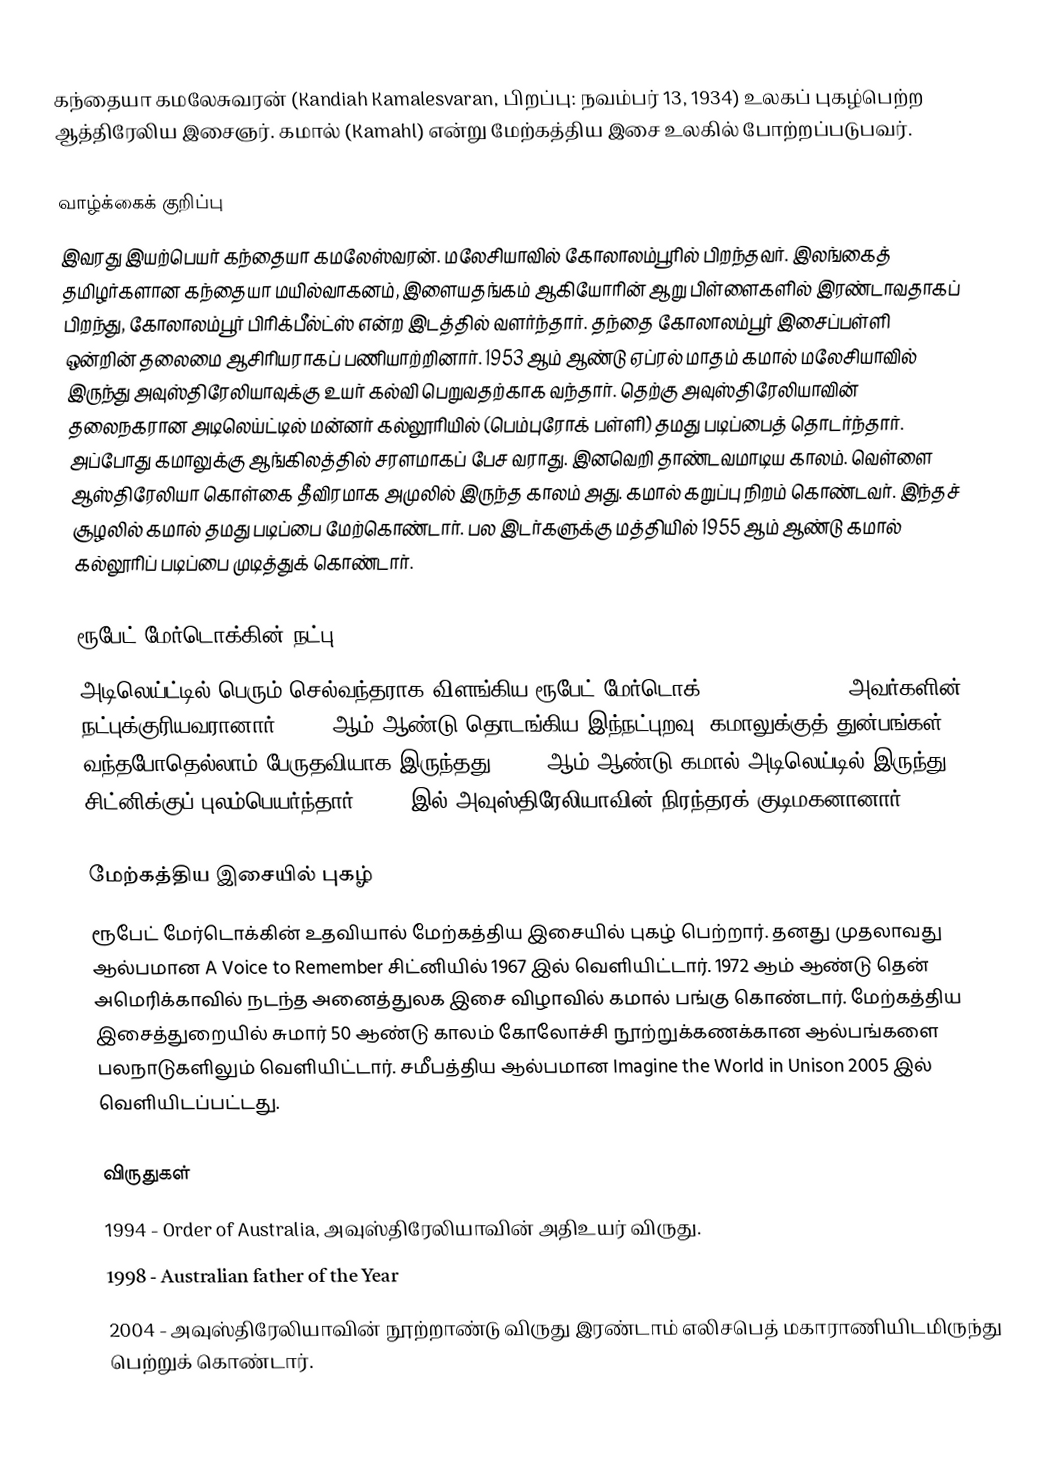
கந்தையா கமலேசுவரன் (Kandiah Kamalesvaran, பிறப்பு: நவம்பர் 13, 1934) உலகப் புகழ்பெற்ற ஆத்திரேலிய இசைஞர். கமால் (Kamahl) என்று மேற்கத்திய இசை உலகில் போற்றப்படுபவர்.

வாழ்க்கைக் குறிப்பு
இவரது இயற்பெயர் கந்தையா கமலேஸ்வரன். மலேசியாவில் கோலாலம்பூரில் பிறந்தவர். இலங்கைத் தமிழர்களான கந்தையா மயில்வாகனம், இளையதங்கம் ஆகியோரின் ஆறு பிள்ளைகளில் இரண்டாவதாகப் பிறந்து, கோலாலம்பூர் பிரிக்பீல்ட்ஸ் என்ற இடத்தில் வளர்ந்தார். தந்தை கோலாலம்பூர் இசைப்பள்ளி ஒன்றின் தலைமை ஆசிரியராகப் பணியாற்றினார். 1953 ஆம் ஆண்டு ஏப்ரல் மாதம் கமால் மலேசியாவில் இருந்து அவுஸ்திரேலியாவுக்கு உயர் கல்வி பெறுவதற்காக வந்தார். தெற்கு அவுஸ்திரேலியாவின் தலைநகரான அடிலெய்ட்டில் மன்னர் கல்லூரியில் (பெம்புரோக் பள்ளி) தமது படிப்பைத் தொடர்ந்தார். அப்போது கமாலுக்கு ஆங்கிலத்தில் சரளமாகப் பேச வராது. இனவெறி தாண்டவமாடிய காலம். வெள்ளை ஆஸ்திரேலியா கொள்கை தீவிரமாக அமுலில் இருந்த காலம் அது. கமால் கறுப்பு நிறம் கொண்டவர். இந்தச் சூழலில் கமால் தமது படிப்பை மேற்கொண்டார். பல இடர்களுக்கு மத்தியில் 1955 ஆம் ஆண்டு கமால் கல்லூரிப் படிப்பை முடித்துக் கொண்டார்.

ரூபேட் மேர்டொக்கின் நட்பு
அடிலெய்ட்டில் பெரும் செல்வந்தராக விளங்கிய ரூபேட் மேர்டொக் (Rupert Murdock) அவர்களின் நட்புக்குரியவரானார். 1968 ஆம் ஆண்டு தொடங்கிய இந்நட்புறவு, கமாலுக்குத் துன்பங்கள் வந்தபோதெல்லாம் பேருதவியாக இருந்தது. 1962 ஆம் ஆண்டு கமால் அடிலெய்டில் இருந்து சிட்னிக்குப் புலம்பெயர்ந்தார். 1966 இல் அவுஸ்திரேலியாவின் நிரந்தரக் குடிமகனானார்.

மேற்கத்திய இசையில் புகழ்
ரூபேட் மேர்டொக்கின் உதவியால் மேற்கத்திய இசையில் புகழ் பெற்றார். தனது முதலாவது ஆல்பமான A Voice to Remember சிட்னியில் 1967 இல் வெளியிட்டார். 1972 ஆம் ஆண்டு தென் அமெரிக்காவில் நடந்த அனைத்துலக இசை விழாவில் கமால் பங்கு கொண்டார். மேற்கத்திய இசைத்துறையில் சுமார் 50 ஆண்டு காலம் கோலோச்சி நூற்றுக்கணக்கான ஆல்பங்களை பலநாடுகளிலும் வெளியிட்டார். சமீபத்திய ஆல்பமான Imagine the World in Unison 2005 இல் வெளியிடப்பட்டது.

விருதுகள்
 1994 - Order of Australia, அவுஸ்திரேலியாவின் அதிஉயர் விருது.
 1998 - Australian father of the Year
 2004 - அவுஸ்திரேலியாவின் நூற்றாண்டு விருது இரண்டாம் எலிசபெத் மகாராணியிடமிருந்து பெற்றுக் கொண்டார்.
 2